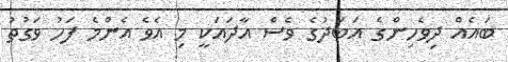
ބައެއް ދިވެހިންގެ އަބަދުގެ ވެސް އާދައަކީ މި އެވެ އެންމެ ފަހު ވަގުތު